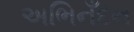
અભિનઁદન